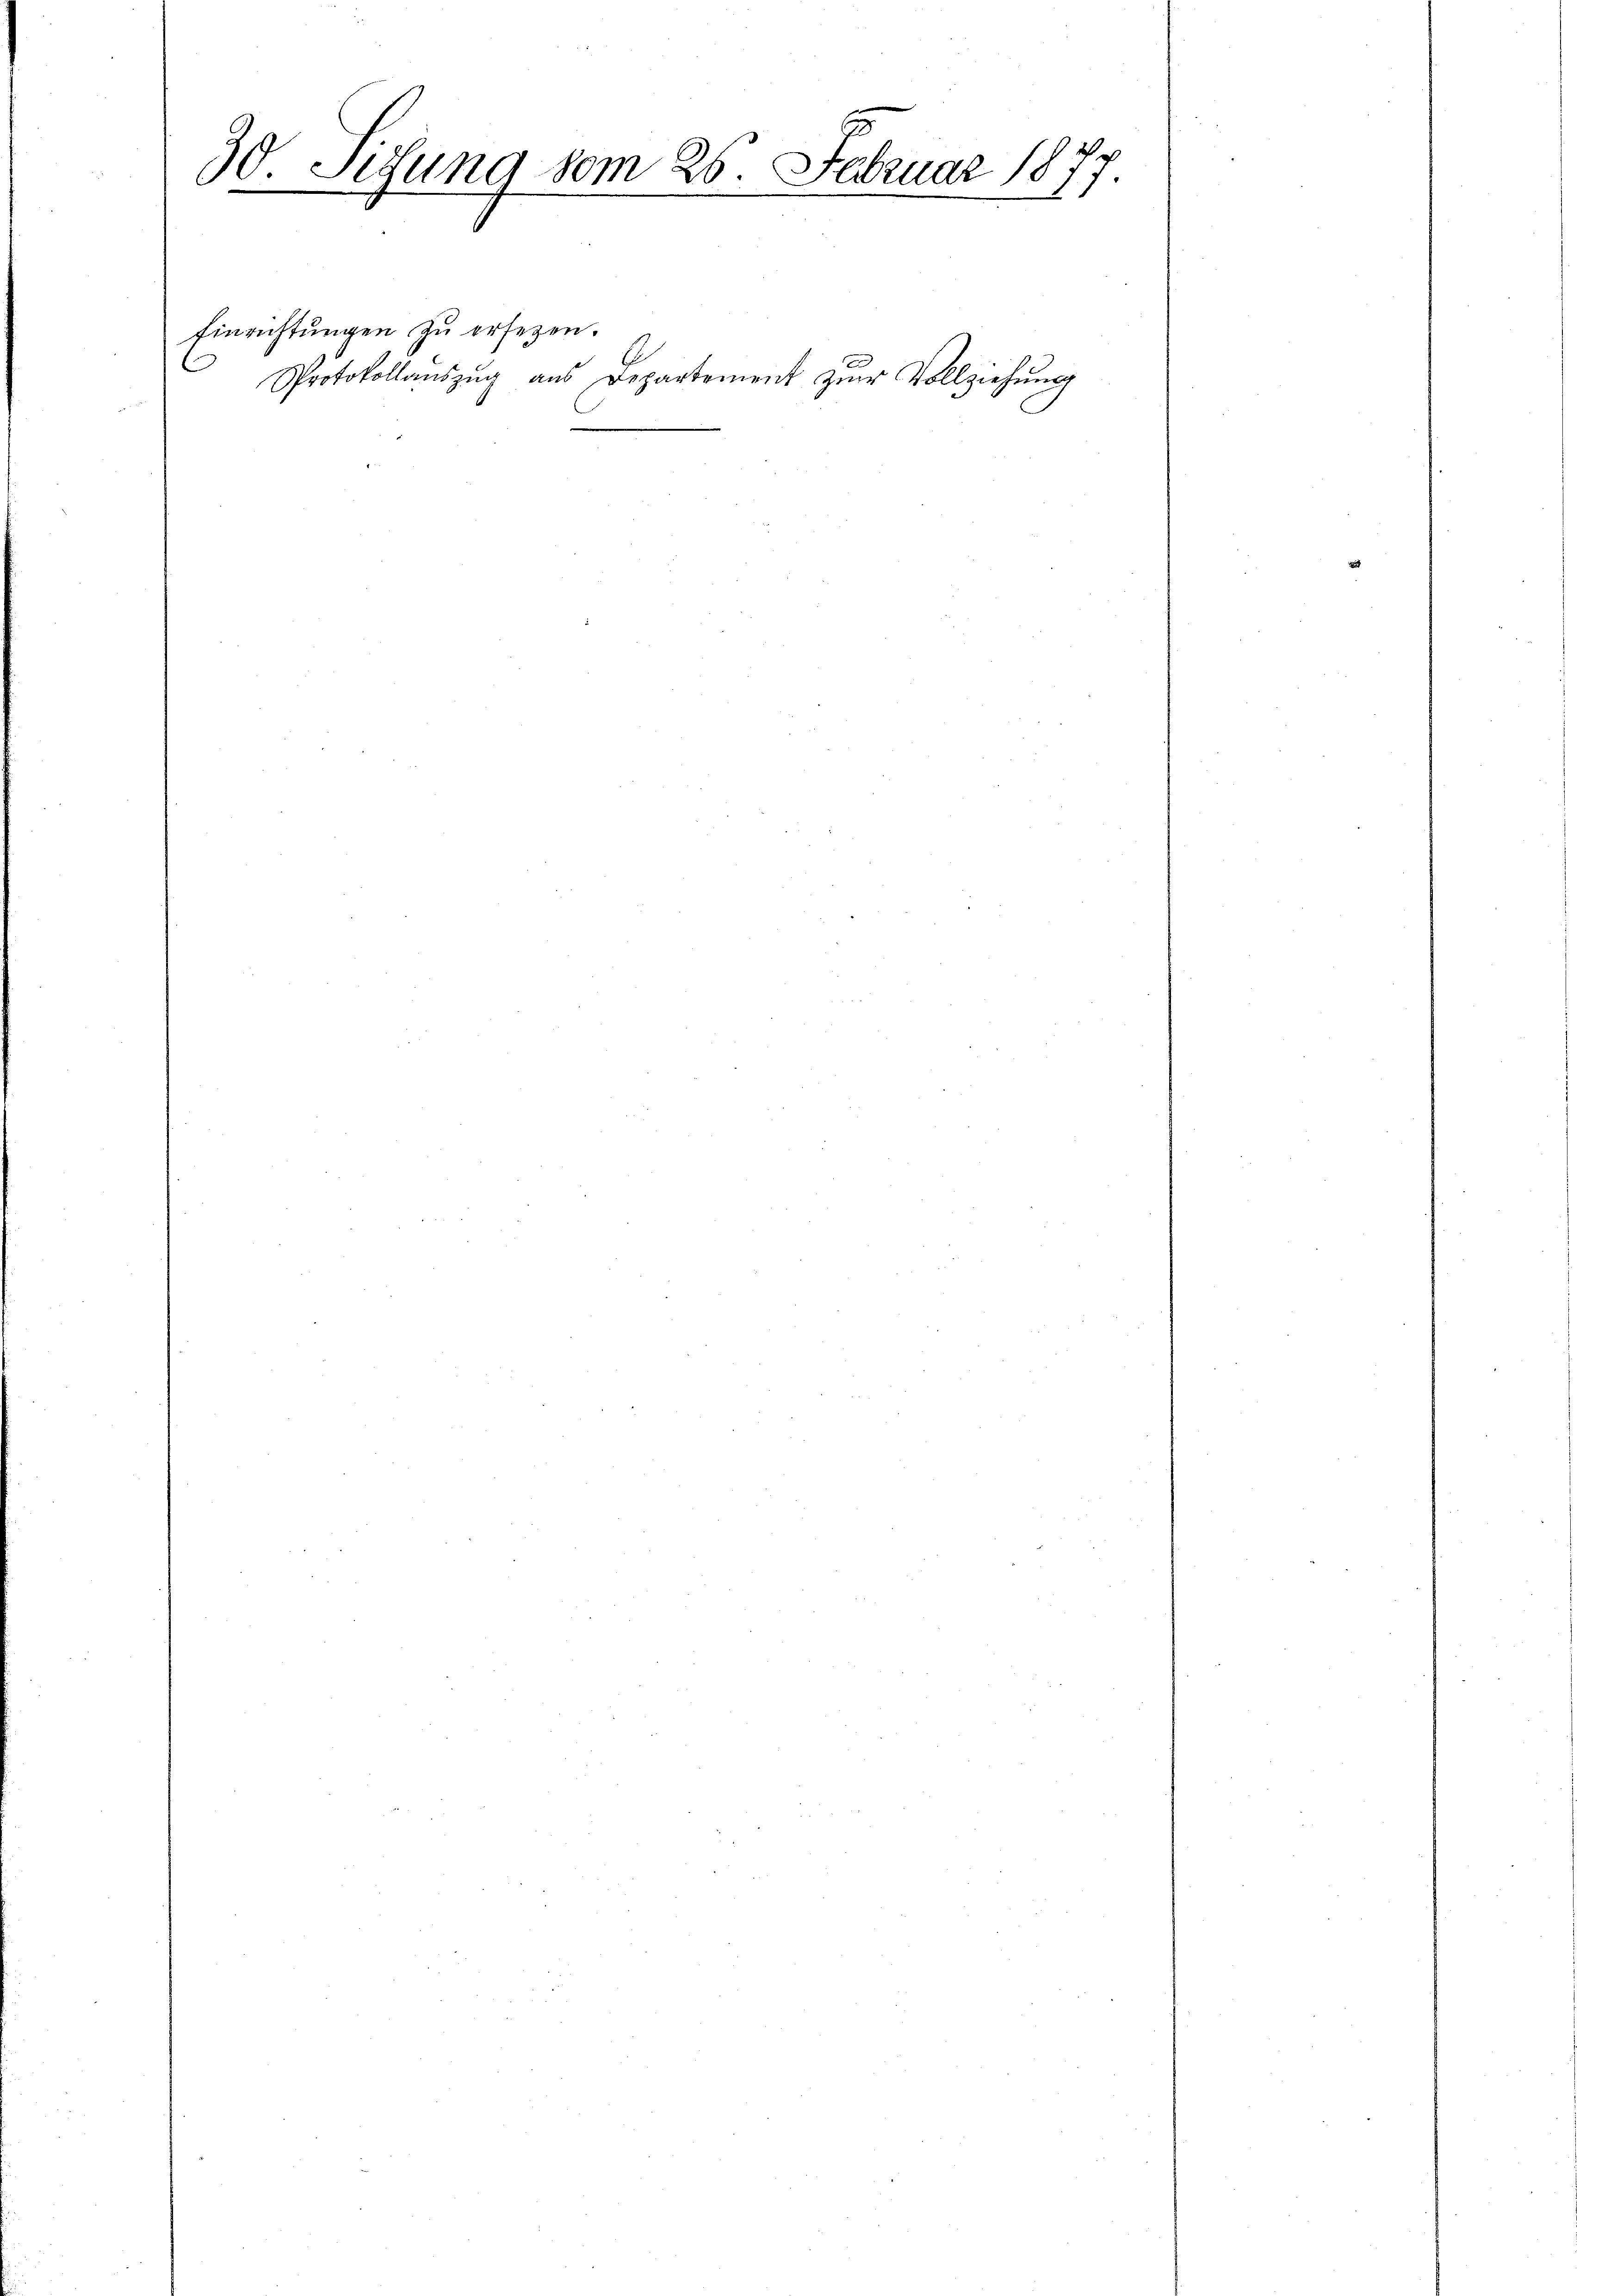
30 Sedung vom 26. Februar 1877
5
e
1
e

Einrichtungen zu ersezen.
Protokollaŭszŭg aŭs Departement zŭr Vollziehŭng